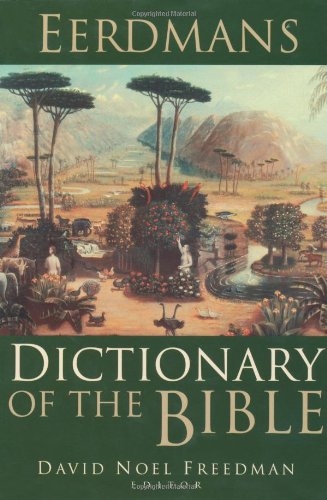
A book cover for Eerdmans Dictionary of the Bible; Christian Books & Bibles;